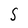
Character: S